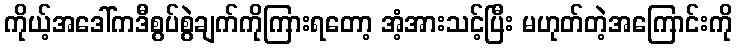
ကိုယ့်အဒေါ်ကဒီစွပ်စွဲချက်ကိုကြားရတော့ အံ့အားသင့်ပြီး မဟုတ်တဲ့အကြောင်းကို